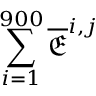
\sum _ { i = 1 } ^ { 9 0 0 } \overline { { \mathfrak { E } } } ^ { i , j }